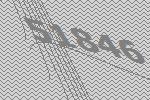
51846